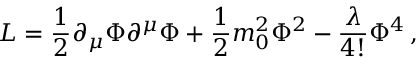
{ \cal L } = \frac { 1 } { 2 } \partial _ { \mu } \Phi \partial ^ { \mu } \Phi + \frac { 1 } { 2 } m _ { 0 } ^ { 2 } \Phi ^ { 2 } - \frac { \lambda } { 4 ! } \Phi ^ { 4 } \, ,